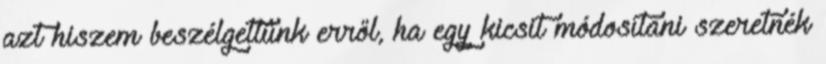
azt hiszem beszélgettünk erről, ha egy kicsit módosítani szeretnék